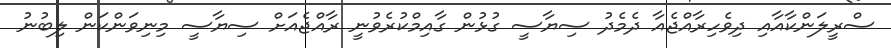
ސްރީލަންކާއާއި ދިވެހިރާއްޖެއާ ދެމެދު ސިޔާސީ ގުޅުން ގާއިމްކުރެވުނީ ރާއްޖެއަށް ސިޔާސީ މިނިވަންކަން ލިބުނު